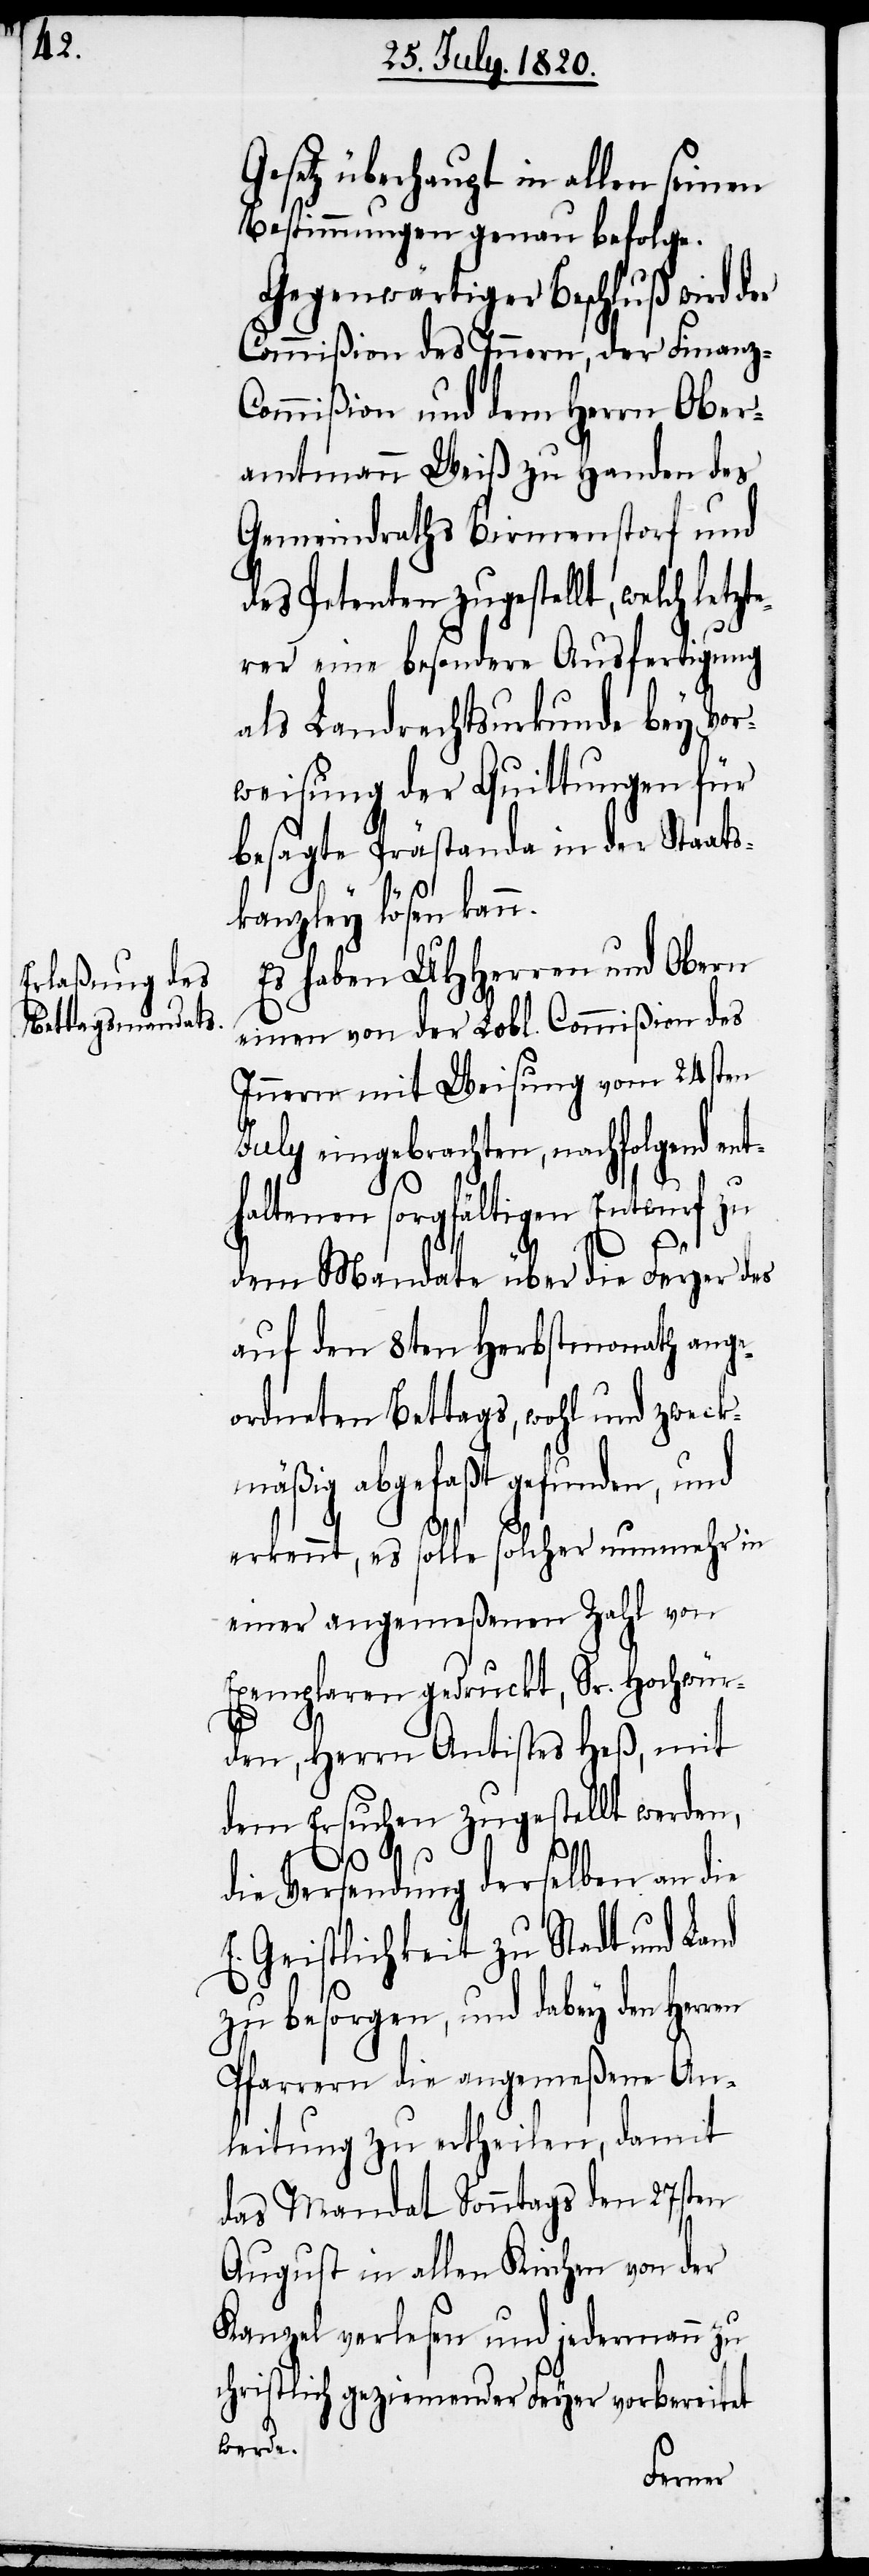
Gesetz überhaupt in allen seinen
Bestimmungen genau befolge.
Gegenwärtiger Beschluß wird der
Commißion des Innern, der Finanz-C¬
ommißion und dem Herrn Ober¬
amtmann Weiß zu Handen des
Gemeindraths Birmenstorf und
des Petenten zugestellt, welch letz¬
ter eine besondere Ausfertigung
als Landrechtsurkunde bey Vor¬
weisung der Quittungen für
besagte Prästanda in der Staats¬
nt¬
kanzley lösen kann.
Es haben UHHerren und Obern
einen von der Lobl. Commißion des
Innern mit Weisung vom 24sten
eingebrachten, nachfolgend e¬
haltenen sorgfältigen Entwurf zu
dem Mandate über die Feyer des
auf den 8ten Herbstmonath ange¬
ordneten Bettags, wohl und zweck¬
mäßig abgefaßt gefunden, und
erkennt, es solle solcher nunmehr in
einer angemeßenen Zahl von
Exemplaren gedruckt, Sr. Hochwür¬
den, Herrn Antistes Heß, mit
dem Ersuchen zugestellt werden,
die Versendung derselben an die
zu besorgen, und dabey den
Pfarrern die angemeßene An¬
leitung zu ertheilen, damit
das Mandat Sonntags den 27sten
August in allen Kirchen von der
Kanzel verlesen und jedermann zu
schriftlich geziemender Feyer vorbereitet
werde.
Herren